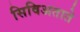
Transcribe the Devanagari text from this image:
सिविअताते